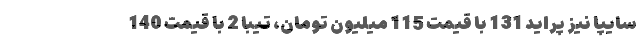
سایپا نیز پراید 131 با قیمت 115 میلیون تومان، تیبا 2 با قیمت 140